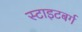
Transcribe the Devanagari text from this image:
स्टाइटबर्ग